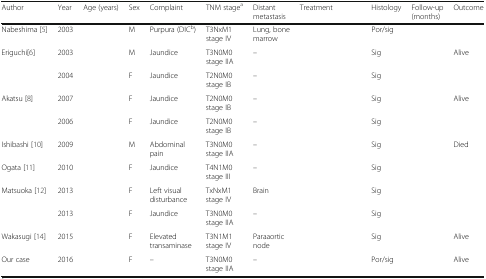
<table><thead><tr><td><b>Author</b></td><td><b>Year</b></td><td><b>Age (years)</b></td><td><b>Sex</b></td><td><b>Complaint</b></td><td><b>TNM stage<sup>a</sup></b></td><td><b>Distant metastasis</b></td><td><b>Treatment</b></td><td><b>Histology</b></td><td><b>Follow-up (months)</b></td><td><b>Outcome</b></td></tr></thead><tbody><tr><td>Nabeshima [5]</td><td>2003</td><td>[EMPTY_CELL]</td><td>M</td><td>Purpura (DIC<sup>b</sup>)</td><td>T3NxM1 stage IV</td><td>Lung, bone marrow</td><td>[EMPTY_CELL]</td><td>Por/sig</td><td>[EMPTY_CELL]</td><td>[EMPTY_CELL]</td></tr><tr><td>Eriguchi[6]</td><td>2003</td><td>[EMPTY_CELL]</td><td>M</td><td>Jaundice</td><td>T3N0M0 stage IIA</td><td>–</td><td>[EMPTY_CELL]</td><td>Sig</td><td>[EMPTY_CELL]</td><td>Alive</td></tr><tr><td>[EMPTY_CELL]</td><td>2004</td><td>[EMPTY_CELL]</td><td>F</td><td>Jaundice</td><td>T2N0M0 stage IB</td><td>–</td><td>[EMPTY_CELL]</td><td>Sig</td><td>[EMPTY_CELL]</td><td>[EMPTY_CELL]</td></tr><tr><td>Akatsu [8]</td><td>2007</td><td>[EMPTY_CELL]</td><td>F</td><td>Jaundice</td><td>T2N0M0 stage IB</td><td>–</td><td>[EMPTY_CELL]</td><td>Sig</td><td>[EMPTY_CELL]</td><td>Alive</td></tr><tr><td>[EMPTY_CELL]</td><td>2006</td><td>[EMPTY_CELL]</td><td>F</td><td>Jaundice</td><td>T2N0M0 stage IB</td><td>–</td><td>[EMPTY_CELL]</td><td>Sig</td><td>[EMPTY_CELL]</td><td>[EMPTY_CELL]</td></tr><tr><td>Ishibashi [10]</td><td>2009</td><td>[EMPTY_CELL]</td><td>M</td><td>Abdominal pain</td><td>T3N0M0 stage IIA</td><td>–</td><td>[EMPTY_CELL]</td><td>Sig</td><td>[EMPTY_CELL]</td><td>Died</td></tr><tr><td>Ogata [11]</td><td>2010</td><td>[EMPTY_CELL]</td><td>F</td><td>Jaundice</td><td>T4N1M0 stage III</td><td>–</td><td>[EMPTY_CELL]</td><td>Sig</td><td>[EMPTY_CELL]</td><td>[EMPTY_CELL]</td></tr><tr><td>Matsuoka [12]</td><td>2013</td><td>[EMPTY_CELL]</td><td>F</td><td>Left visual disturbance</td><td>TxNxM1 stage IV</td><td>Brain</td><td>[EMPTY_CELL]</td><td>Sig</td><td>[EMPTY_CELL]</td><td>[EMPTY_CELL]</td></tr><tr><td>[EMPTY_CELL]</td><td>2013</td><td>[EMPTY_CELL]</td><td>F</td><td>Jaundice</td><td>T3N0M0 stage IIA</td><td>–</td><td>[EMPTY_CELL]</td><td>Sig</td><td>[EMPTY_CELL]</td><td>[EMPTY_CELL]</td></tr><tr><td>Wakasugi [14]</td><td>2015</td><td>[EMPTY_CELL]</td><td>F</td><td>Elevated transaminase</td><td>T3N1M1 stage IV</td><td>Paraaortic node</td><td>[EMPTY_CELL]</td><td>Sig</td><td>[EMPTY_CELL]</td><td>Alive</td></tr><tr><td>Our case</td><td>2016</td><td>[EMPTY_CELL]</td><td>F</td><td>–</td><td>T3N0M0 stage IIA</td><td>–</td><td>[EMPTY_CELL]</td><td>Por/sig</td><td>[EMPTY_CELL]</td><td>Alive</td></tr></tbody></table>